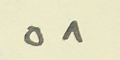
٥٨